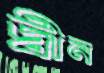
দ্বীন